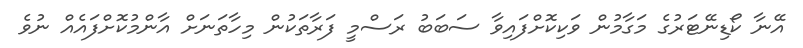
އޭނާ ކޯޑިނޭޓަރުގެ މަގާމުން ވަކިކޮށްފައިވާ ސަބަބު ރަސްމީ ފަރާތަކުން މިހާތަނަށް އާންމުކޮށްފައެއް ނުވެ